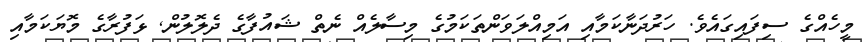
މީހެއްގެ ސިފައިގައެވެ. ހަރުދަނާކަމާއި އަމިއްލަވަންތަކަމުގެ މިސާލެއް ނެތް ޝައުފާގެ ދެލޮލުން